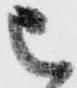
被